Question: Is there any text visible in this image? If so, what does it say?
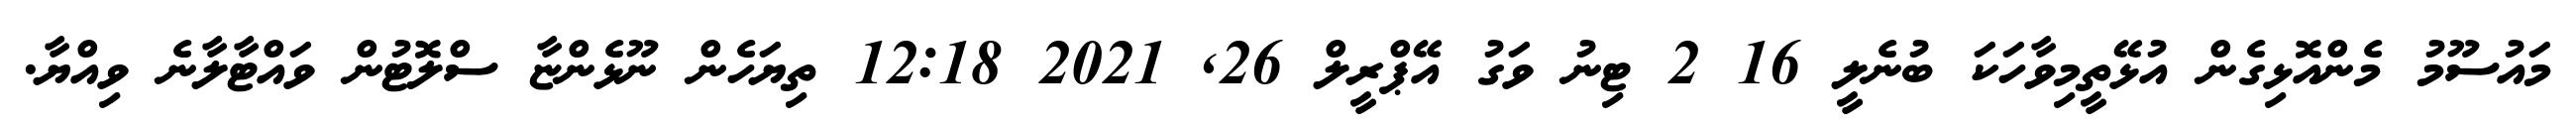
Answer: މައުސޫމު މެންއޮޅިގެން އުޅޭތީމިވާހަކަ ބުނެލީ 16 2 ޓިނު ވަގު އޭޕްރީލް 26, 2021 12:18 ތިޔަހެން ނޫޅެންޏާ ސްލޮޓުން ވައްޓާލާނެ ވިއްޔާ.